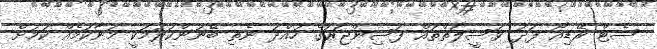
ސެޓް ރޭޑިއޯ ފަދަ ވަސީލަތްތައް ފަސިންޖަރުގެ ހުއްދަ ނެތި ބޭނުންކުރުމަކީ މަނާކަމެއް ކަމަށް